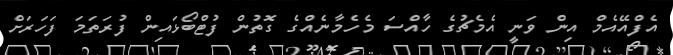
އެފްއޭއެމް އިން ވަނީ އެމެޗުގެ ހާއްސަ މެހެމާނެއްގެ ގޮތުން ފުޓްބޯޅައިން ފުރަތަމަ ފަހަރަށް